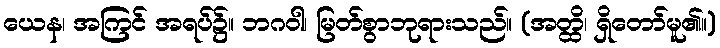
ယေန၊ အကြင် အရပ်၌။ ဘဂဝါ၊ မြတ်စွာဘုရားသည်။ (အတ္ထိ၊ ရှိတော်မူ၏။)